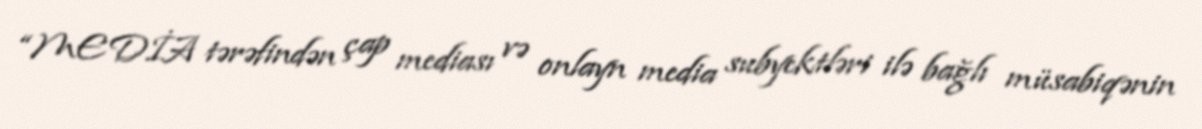
“MEDİA tərəfindən çap mediası və onlayn media subyektləri ilə bağlı müsabiqənin